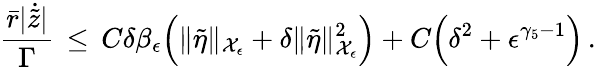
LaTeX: \frac{\bar{r}|\dot{\tilde{z}}|}{\Gamma}\, \le\, C\delta\beta_{\epsilon}\Bigl(\| \tilde{\eta}\| _{\mathcal{X}_{\epsilon}}+\delta\| \tilde{\eta}\| _{\mathcal{X}_{\epsilon}}^{2}\Bigr)+C\Bigl(\delta^{2}+\epsilon^{\gamma_{5}-1}\Bigr)\, .